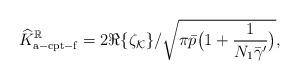
LaTeX: \begin{align*}\widehat{K}_{\mathrm{a-cpt-f}}^\mathbb{R}=2\Re\{\zeta_\mathcal{K}\}/\sqrt{\pi\bar{p}\big(1+\frac{1}{N_1\bar{\gamma}'}\big)},\end{align*}